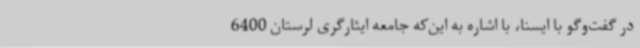
در گفت‌وگو با ایسنا، با اشاره به این‌که جامعه ایثارگری لرستان 6400